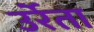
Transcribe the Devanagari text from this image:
उर्रेता